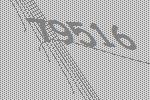
79516